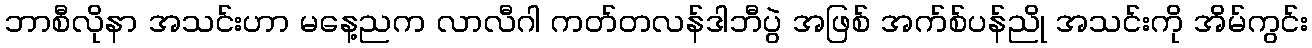
ဘာစီလိုနာ အသင်းဟာ မနေ့ညက လာလီဂါ ကတ်တလန်ဒါဘီပွဲ အဖြစ် အက်စ်ပန်ညို အသင်းကို အိမ်ကွင်း